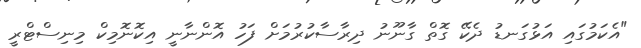
"އެކަމުގައި އަޅުގަނޑު ދެކޭ ގޮތް ގާނޫނު ދިރާސާކުރުމަށް ފަހު އޮންނާނީ އިކޮނޮމިކް މިނިސްޓްރީ